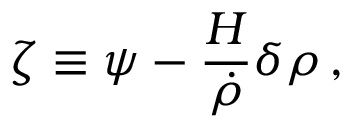
\zeta \equiv \psi - { \frac { H } { \dot { \rho } } } \delta \rho \, ,